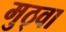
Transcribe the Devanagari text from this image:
मुठ्वा